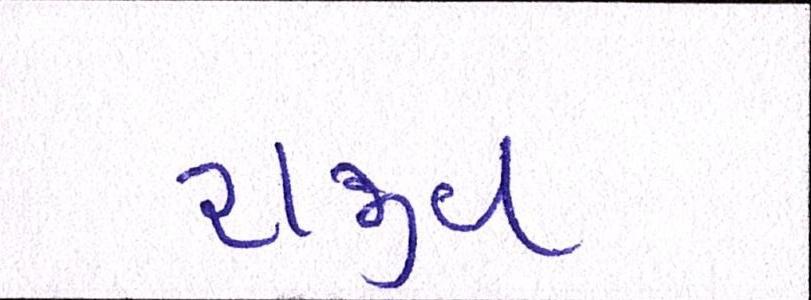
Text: રાજીવ